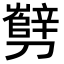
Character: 㔎